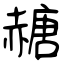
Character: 赯